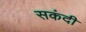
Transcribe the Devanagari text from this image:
सकंदी